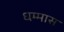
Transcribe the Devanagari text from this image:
धम्मास